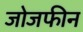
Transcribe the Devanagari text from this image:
जोजफीन